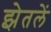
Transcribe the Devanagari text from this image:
झेतलें